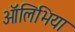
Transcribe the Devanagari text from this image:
ऑलिभिया